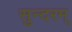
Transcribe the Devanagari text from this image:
सुन्‍दरम्